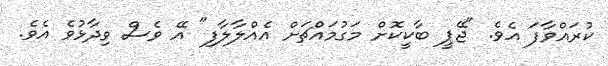
ކުރައްވާފަ އެވެ. "ޖޭޕީ ބާކީކޮށް މަގުމައްޗަށް އެއްލާލާފި" އޭ ވެސް ވިދާޅުވެ އެވެ.